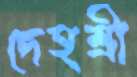
দেহশ্রী